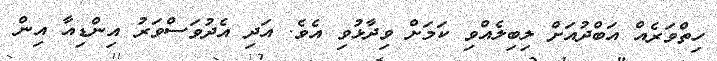
ހިތްވަރެއް އަބްދުއަށް ލިބިލެއްވި ކަމަށް ވިދާޅުވި އެވެ. އަދި އެދުވަސްވަރު އިންޑިއާ އިން